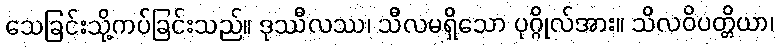
သေခြင်းသို့ကပ်ခြင်းသည်။ ဒုဿီလဿ၊ သီလမရှိသော ပုဂ္ဂိုလ်အား။ သိလဝိပတ္တိယာ၊